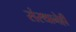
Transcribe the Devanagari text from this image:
संस्थानेही